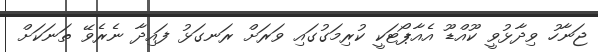
ޖަނާހު ވިދާޅުވީ ކޫއްޑޫ އެއާޕޯޓަކީ ކުރިމަގުގައި ވަރަށް ރަނގަޅު ފައިދާ ނެރެވޭ ތަނަކަށް